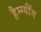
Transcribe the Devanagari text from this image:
हैम्ग्यॉंग